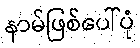
နာမ်ဖြစ်ပေါ်ပုံ